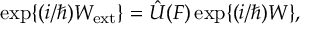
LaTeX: \mathrm { e x p } \{ ( i / \hbar ) W _ { \mathrm { e x t } } \} = \hat { U } ( F ) \, \mathrm { e x p } \{ ( i / \hbar ) W \} ,